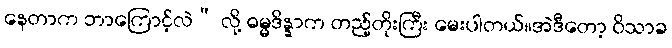
နေတာက ဘာကြောင့်လဲ” လို့ ဓမ္မဒိန္နာက တည့်တိုးကြီး မေးပါတယ်။အဲဒီတော့ ဝိသာခ